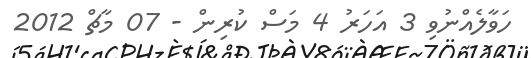
ހަވާލެއްނުވި 3 އަހަރު 4 މަސް ކުރިން - 07 މާޗް 2012